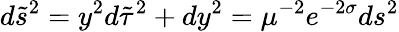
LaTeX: d\tilde{s}^{2}=y^{2}d\tilde{\tau}^{2}+dy^{2}=\mu^{-2}e^{-2\sigma}ds^{2}